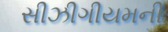
સીઝીગીયમની